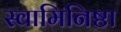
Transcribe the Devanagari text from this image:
स्वामिनिष्ठा